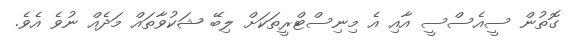
ގޮތުން ސީއެސްސީ އާއި އެ މިނިސްޓްރީތަކަށް ލިބޭ ޝަކުވާތައް މަދެއް ނުވެ އެވެ.